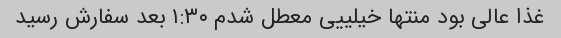
غذا عالی بود منتها خیلییی معطل شدم ۱:۳۰ بعد سفارش رسید